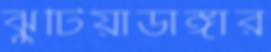
ঝুটিয়াডাঙ্গার